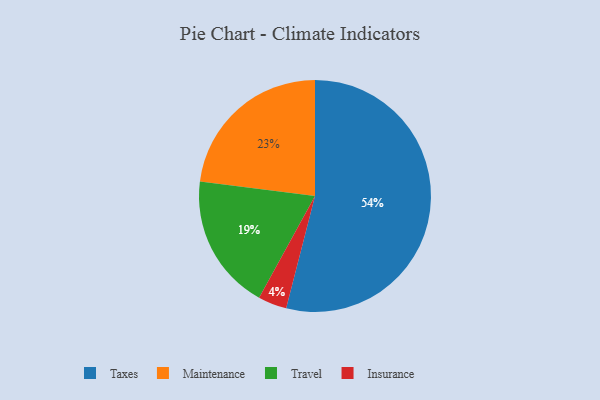
{"axis": {"x": "Category", "y": "Percentage"}, "legend": ["Insurance", "Maintenance", "Taxes", "Travel"], "data": [{"x": "Taxes", "y": 54, "type": "Taxes"}, {"x": "Travel", "y": 19, "type": "Travel"}, {"x": "Maintenance", "y": 23, "type": "Maintenance"}, {"x": "Insurance", "y": 4, "type": "Insurance"}]}